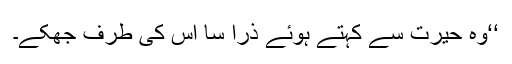
‘‘وہ حیرت سے کہتے ہوئے ذرا سا اس کی طرف جھکے۔